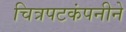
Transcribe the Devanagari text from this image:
चित्रपटकंपनीने